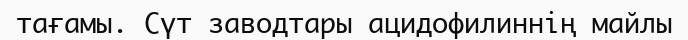
тағамы. Сүт заводтары ацидофилиннің майлы